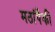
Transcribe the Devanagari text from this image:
मठांपैकी